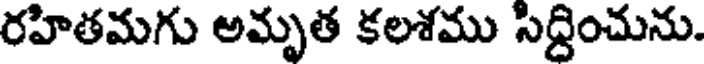
రహితమగు అమృత కలశము సిద్ధించును.